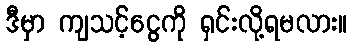
ဒီမှာ ကျသင့်ငွေကို ရှင်းလို့ရမလား။